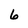
Character: 6